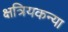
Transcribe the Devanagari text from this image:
क्षत्रियकन्या